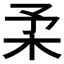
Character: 𣏗